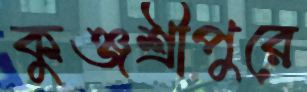
কুঞ্জশ্রীপুরে